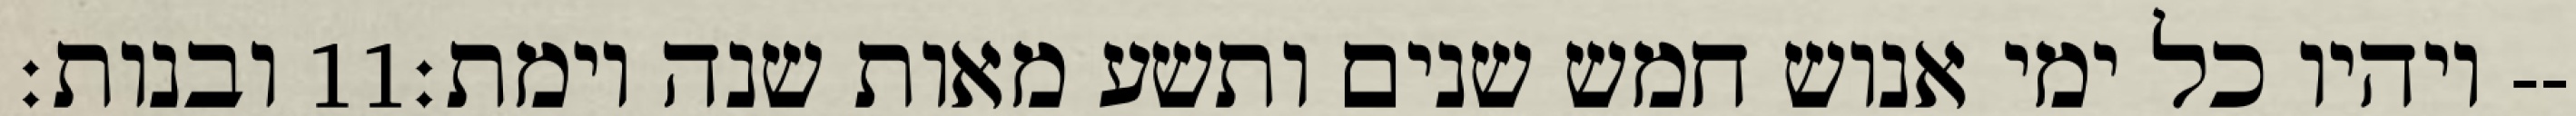
ובנות׃ ‎11‏ ויהיו כל ימי אנוש חמש שנים ותשע מאות שנה וימת׃--